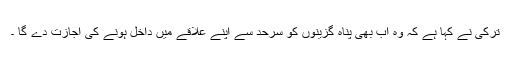
ترکی نے کہا ہے کہ وہ اب بھی پناہ گزینوں کو سرحد سے اپنے علاقے میں داخل ہونے کی اجازت دے گا ۔